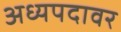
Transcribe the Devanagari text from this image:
अध्यपदावर